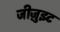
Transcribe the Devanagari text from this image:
जीजु़इट